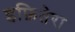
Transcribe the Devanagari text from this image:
इफ़ितेरा